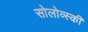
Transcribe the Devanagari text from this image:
सोलोव्स्की